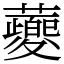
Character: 蘷